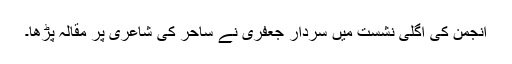
انجمن کی اگلی نشست میں سردار جعفری نے ساحر کی شاعری پر مقالہ پڑھا۔